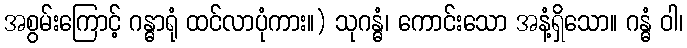
အစွမ်းကြောင့် ဂန္ဓာရုံ ထင်လာပုံကား။) သုဂန္ဓံ၊ ကောင်းသော အနံ့ရှိသော။ ဂန္ဓံ ဝါ၊